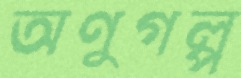
অণুগল্প